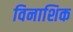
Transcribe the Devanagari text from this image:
विनाशिक